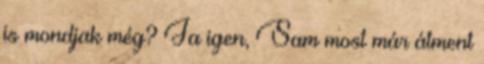
is mondjak még? Ja igen, Sam most már átment